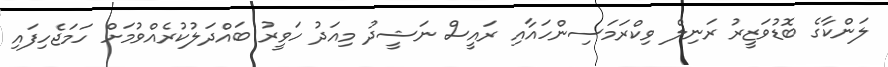
ލަންކާގެ ބޮޑުވަޒީރު ރަނިލް ވިކްރަމަސިންހައާއި ރައީސް ނަޝީދު މިއަދު ހަވީރު ބައްދަލުކުރެއްވުމަށް ހަމަޖެހިފައި